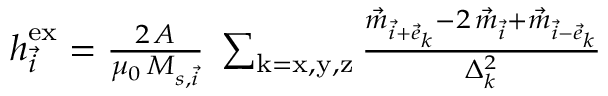
\begin{array} { r } { \boldsymbol { h } _ { \vec { i } } ^ { \mathrm { e x } } = \frac { 2 \, A } { \mu _ { 0 } \, M _ { s , \vec { i } } } \; \sum _ { \mathrm { k = x , y , z } } \frac { \vec { m } _ { \vec { i } + \vec { e } _ { k } } - 2 \, \vec { m } _ { \vec { i } } + \vec { m } _ { \vec { i } - \vec { e } _ { k } } } { \Delta _ { k } ^ { 2 } } } \end{array}